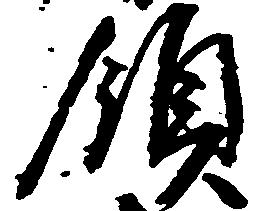
領